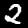
Digit: 2